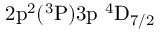
\mathrm { 2 p ^ { 2 } ( ^ { 3 } P ) 3 p ~ ^ { 4 } D _ { 7 / 2 } }